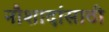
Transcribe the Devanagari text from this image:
नौशादांसाठी